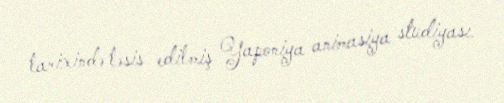
tarixində təsis edilmiş Yaponiya animasiya studiyası.